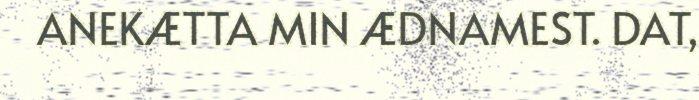
ANEKÆTTA MIN ÆDNAMEST. DAT,